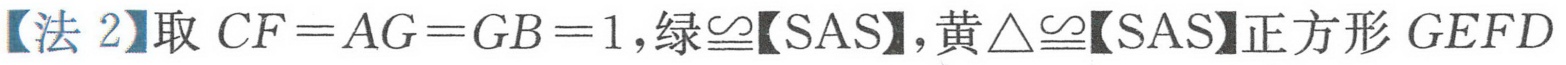
【法 2】取 \(CF = AG = GB = 1\)，绿\(\cong\)【SAS】，黄\(\triangle\cong\)【SAS】正方形 \(GEFD\)